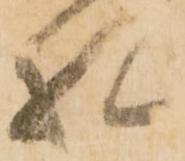
礼